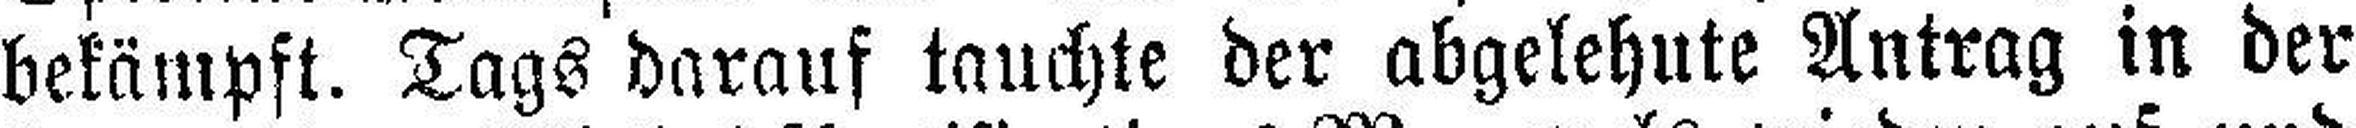
bekämpft. Tags darauf tauchte der abgelehute Antrag in der